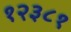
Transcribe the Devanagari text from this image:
१२३८१